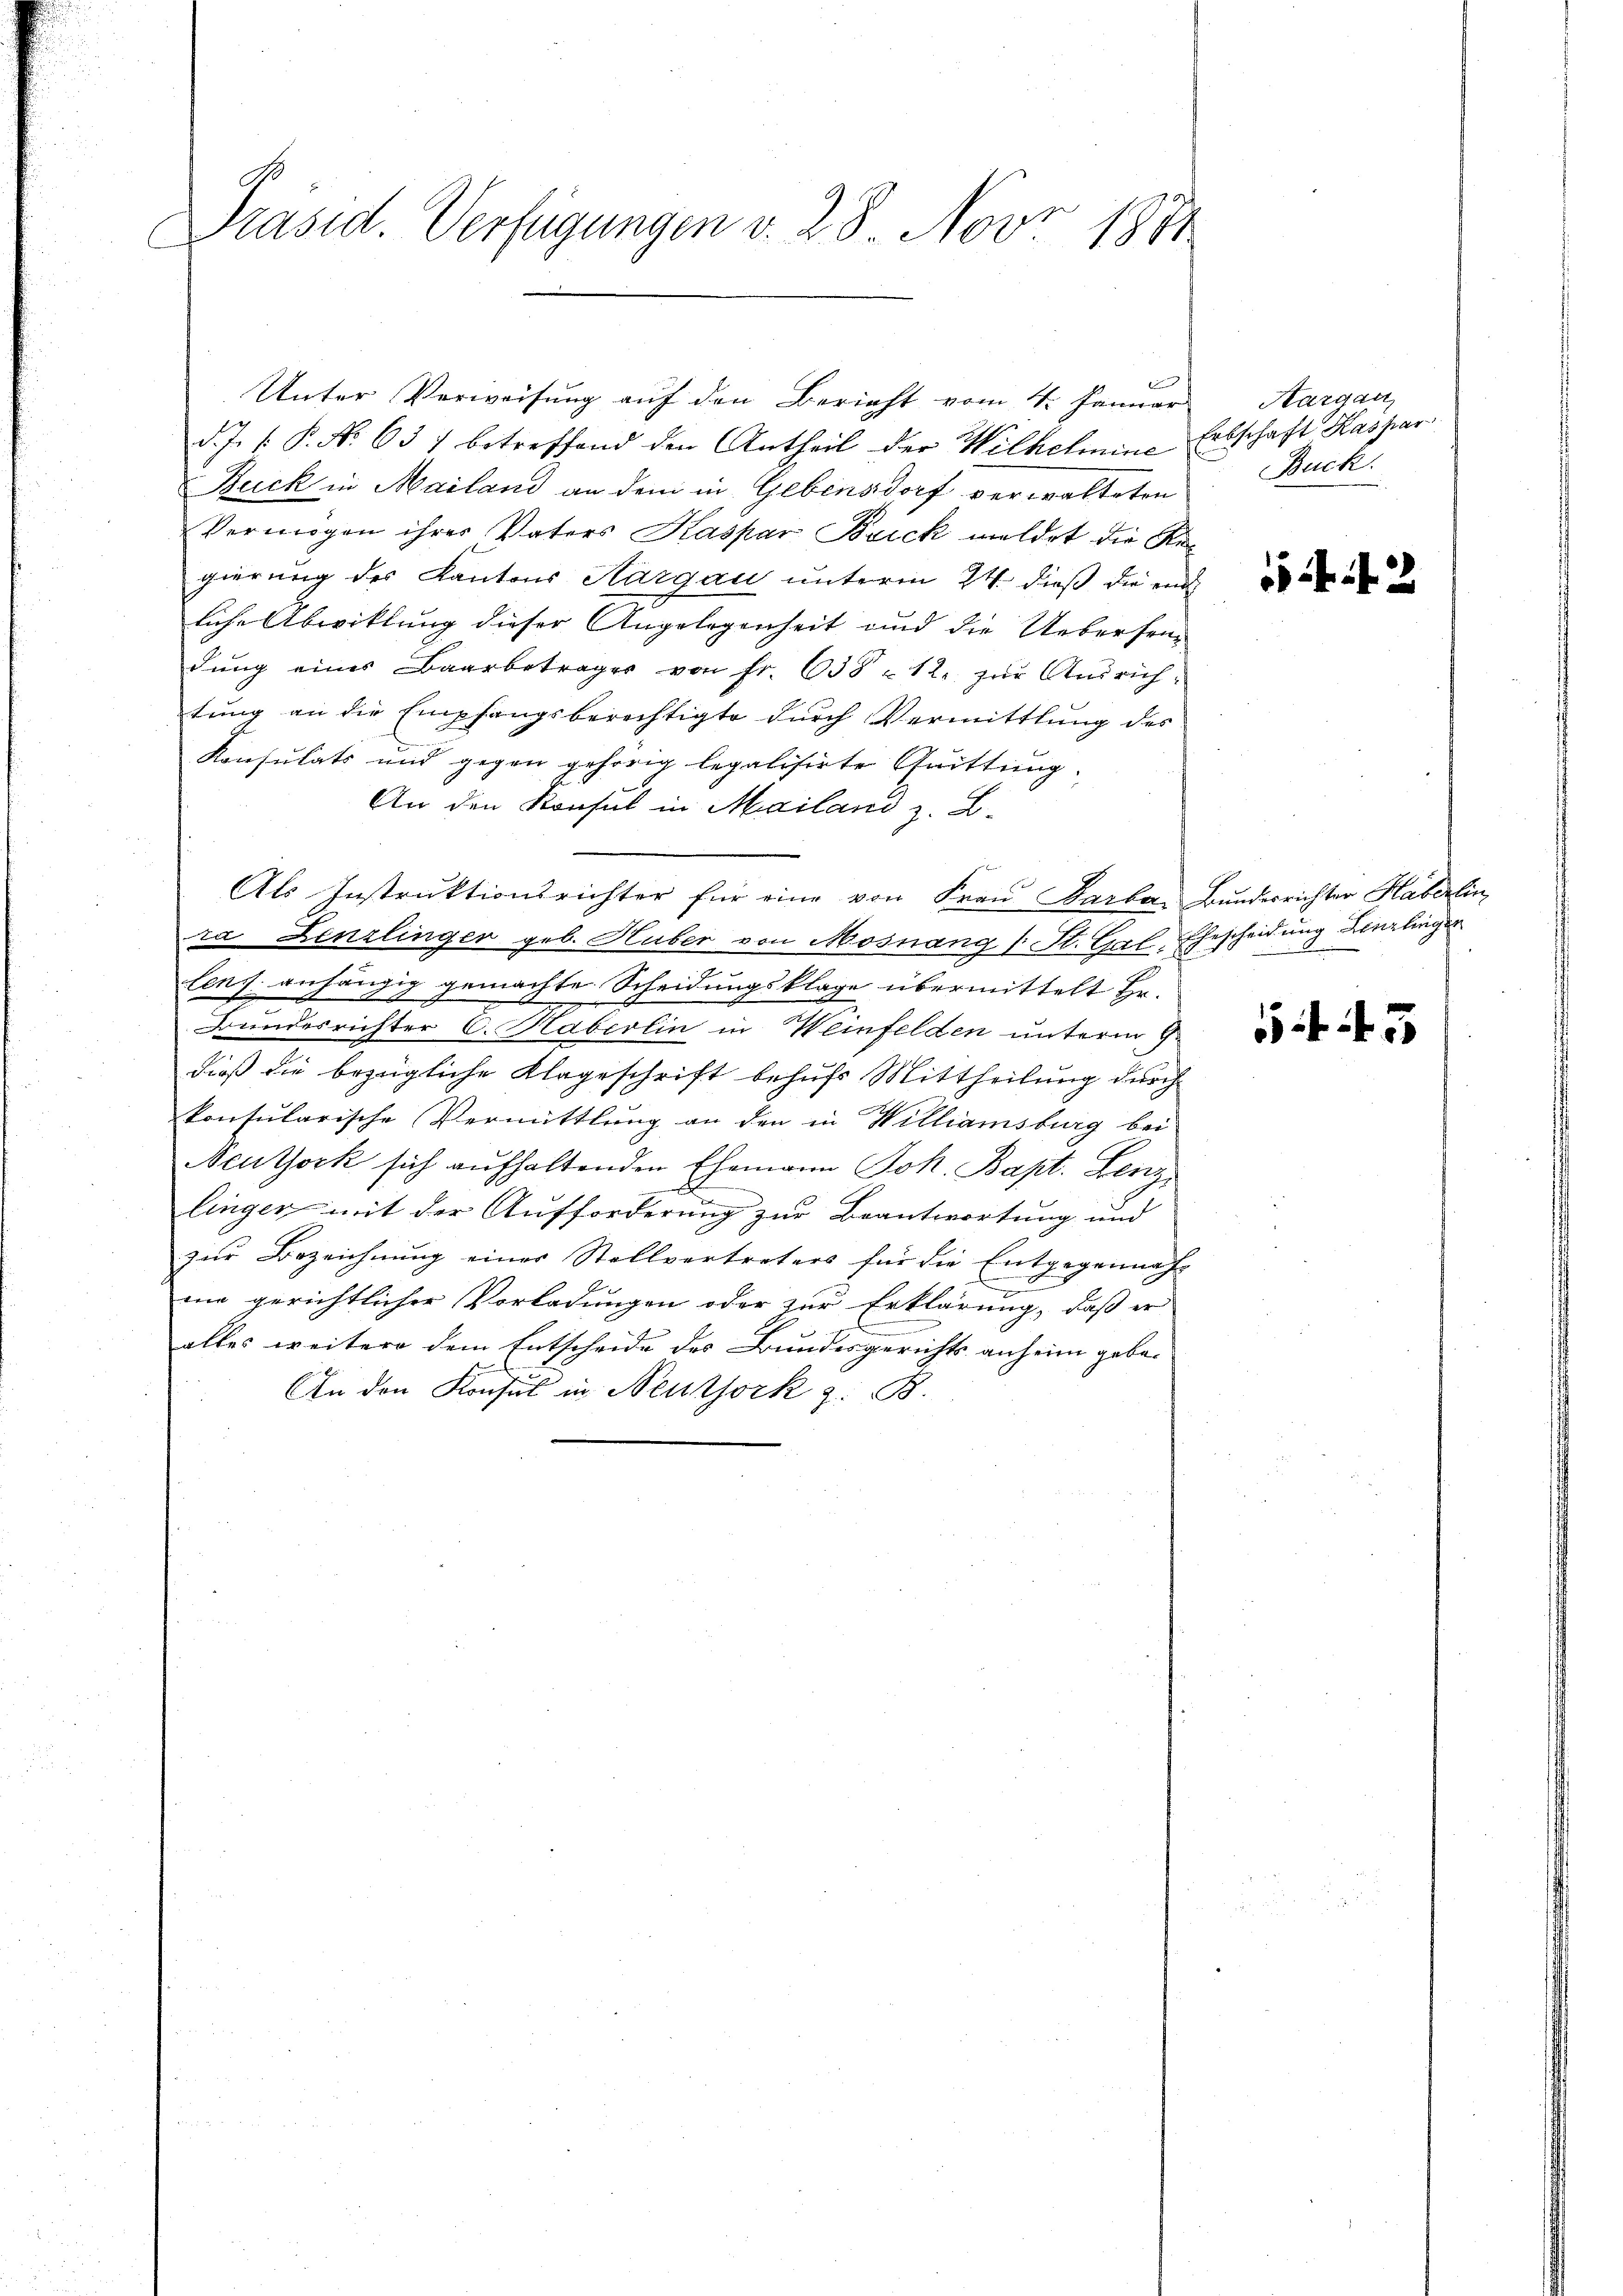
Präsid. Verfügungen v. 28. Novr 1891

1
Unter Verweisung auf den Bericht vom 4. Januar
d. J. P. P. No 637 betreffend den Antheil der Wilhelmine Erbschaft Kaspar
Buck in Mailand an dem in Gebensdorf verwalteten
Vermögen ihrer Vaters Kaspar Bruck meldet die Re-
gierung des Kantons Aargau unterm 24. dieß die end
liche Abwicklung dieser Angelegenheit und die Ueberseidŭng einer Baarbetrages von fr. 635 - 12. zŭr Aŭsrich-
tung an die Empfangsberechtigte durch Vermittlung des
Konsulats und gegen gehörig legalisirte Quittung.
An den Konsul in Mailand z. B.
Als Instruktionsrichter für eine von Frau Barbar, Bundesrichter Haberlin
ra Lenzlinger geb. Huber von Mosnang (: St. Gal-Ehescheidung Lenzlinger
lenz anhängig gemachte Scheidungsklage übermittelt Hr.
d
Bundesrichter C. Haberlin in Weinfelden unterm 9.
dieß die bezügliche Klageschrift behufs Mittheilung durch
konsularische Vermittlung an den in Williamsburg bei
Neuthork sich aufhaltenden Ehemann Joh. Bapt. Lenz
h
linger mit der Aufforderung zur Beantwortung und
zŭr Bezeichnŭng einer Stellvertreters für die Entgegennah¬
E
in gerichtlicher Vorladungen oder zur Erklärung, daß er
alles weitere dem Entscheide des Bundesgerichts anheim gebo-
An den Konsul in Neuthork z. B.

Kargau,
Buck.

42